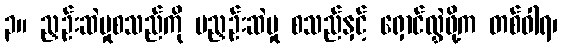
၃။ ညှဉ်းဆဲမှုစသည်ကို မညှဉ်းဆဲမှု စသည်နှင့် ရှောင်လွှဲဖို့က တစ်ဝါရ၊